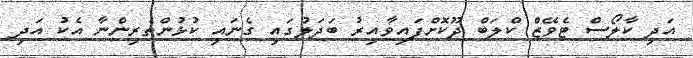
އަދި ކާލޯސް ޓެވޭޒް ކްލަބް ދޫކޮށްފައިވާއިރު ބަދަލުގައި ގެނައި ކުޅުންތެރިންނާ އެކު އަދި